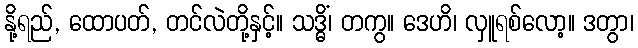
နို့ရည်, ထောပတ်, တင်လဲတို့နှင့်။ သဒ္ဓိံ၊ တကွ။ ဒေဟိ၊ လှူရစ်လော့။ ဒတွာ၊